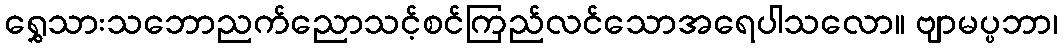
ရွှေသားသဘောညက်ညောသင့်စင်ကြည်လင်သောအရေပါသလော။ ဗျာမပ္ပဘာ၊